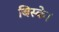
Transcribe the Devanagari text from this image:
बिस्के।